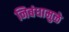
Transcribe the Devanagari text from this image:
निबंधामुळे